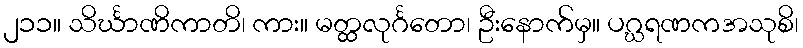
၂၁၁။ သိင်္ဃာဏိကာတိ၊ ကား။ မတ္ထလုင်္ဂတော၊ ဦးနောက်မှ။ ပဂ္ဃရဏကအသုစိ၊